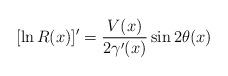
LaTeX: \begin{align*} [\ln R(x)]^\prime=\frac{V(x)}{2\gamma^\prime(x)} \sin2 \theta(x)\end{align*}